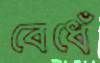
বেধেঁ